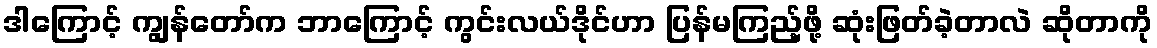
ဒါကြောင့် ကျွန်တော်က ဘာကြောင့် ကွင်းလယ်ဒိုင်ဟာ ပြန်မကြည့်ဖို့ ဆုံးဖြတ်ခဲ့တာလဲ ဆိုတာကို